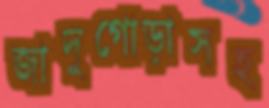
জাদুগোড়াসহ